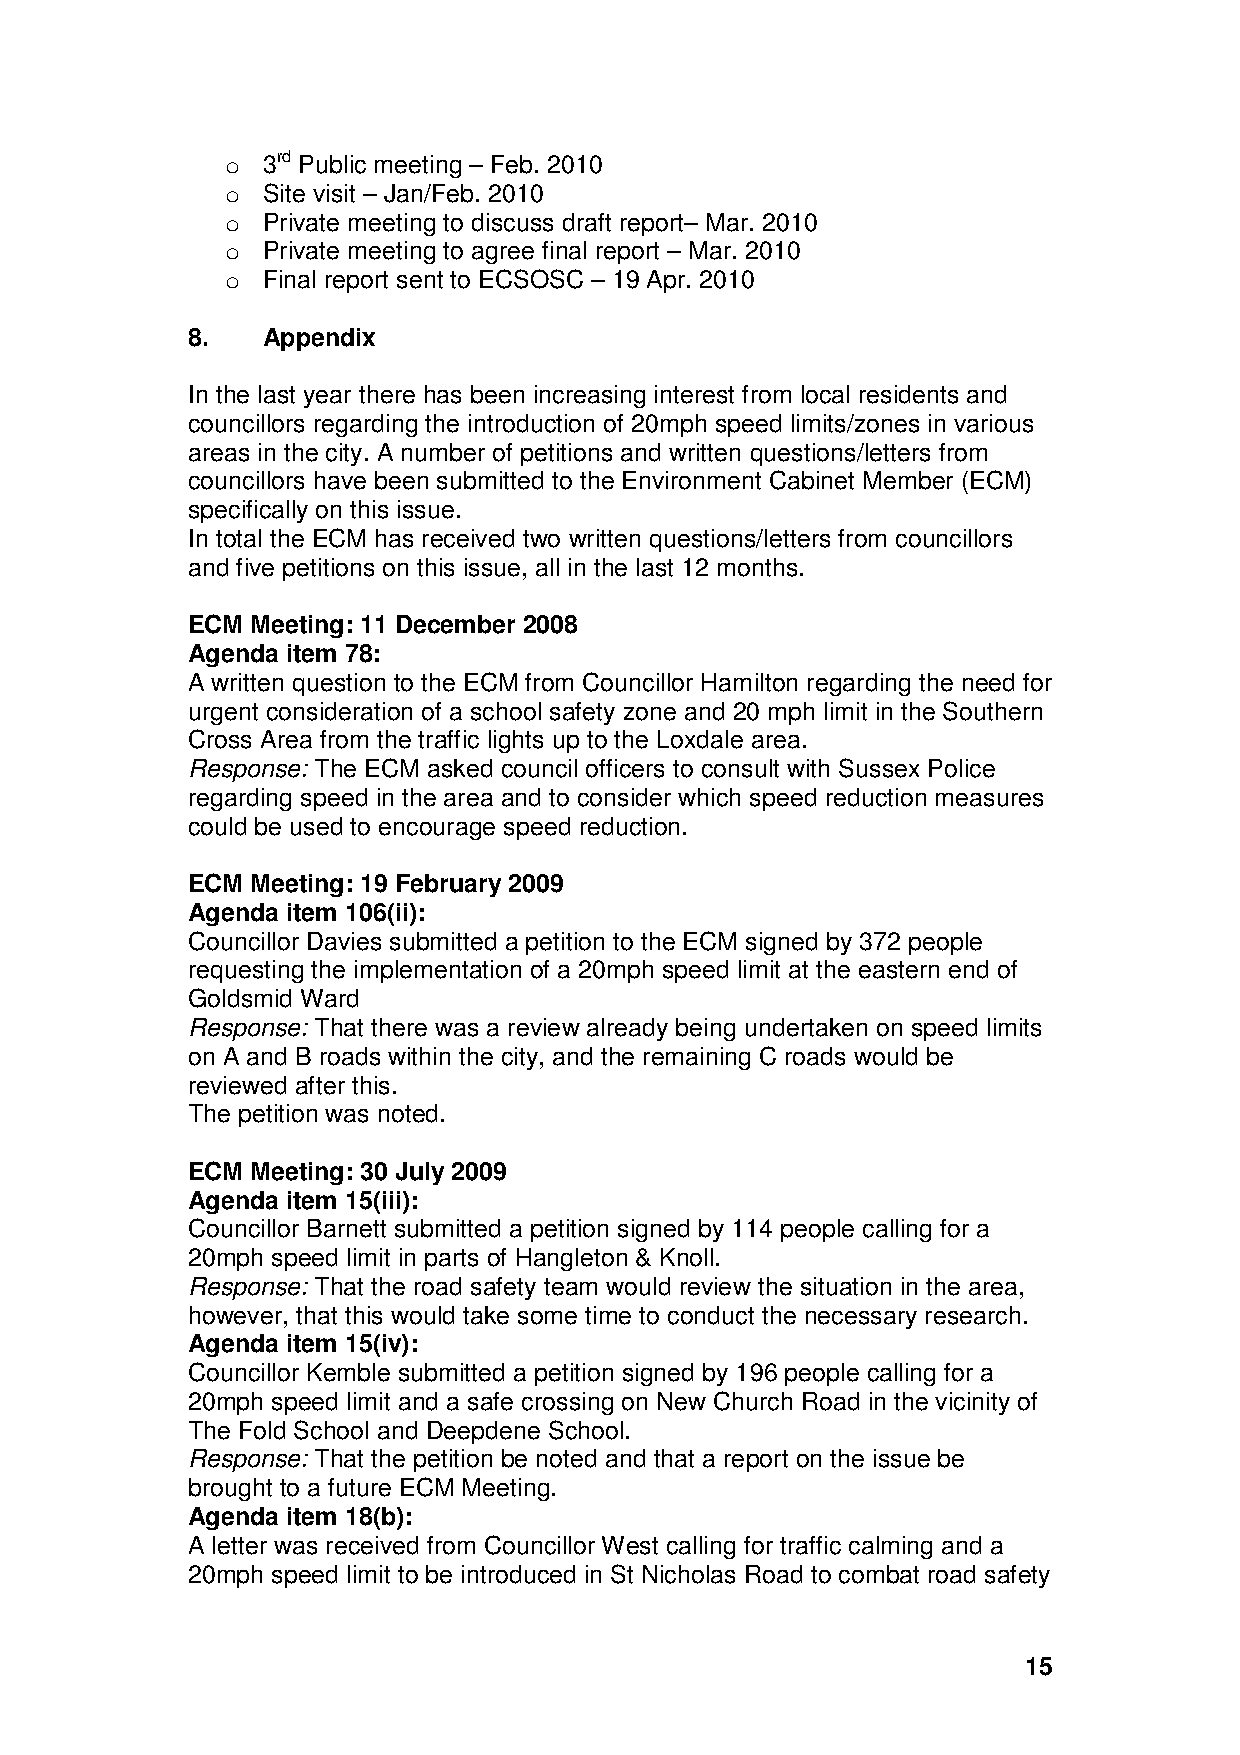
o 3rd Public meeting – Feb. 2010
 o Site visit – Jan/Feb. 2010
 o Private meeting to discuss draft report– Mar. 2010
 o Private meeting to agree final report – Mar. 2010
 o Final report sent to ECSOSC – 19 Apr. 2010
 8.   Appendix
 In the last year there has been increasing interest from local residents and
 councillors regarding the introduction of 20mph speed limits/zones in various
 areas in the city. A number of petitions and written questions/letters from
 councillors have been submitted to the Environment Cabinet Member (ECM)
 specifically on this issue.
 In total the ECM has received two written questions/letters from councillors
 and five petitions on this issue, all in the last 12 months.
 ECM  Meeting: 11 December 2008
 Agenda item 78:
 A written question to the ECM from Councillor Hamilton regarding the need for
 urgent consideration of a school safety zone and 20 mph limit in the Southern
 Cross Area from the traffic lights up to the Loxdale area.
 Response: The ECM asked council officers to consult with Sussex Police
 regarding speed in the area and to consider which speed reduction measures
 could be used to encourage speed reduction.
 ECM  Meeting: 19 February 2009
 Agenda item 106(ii):
 Councillor Davies submitted a petition to the ECM signed by 372 people
 requesting the implementation of a 20mph speed limit at the eastern end of
 Goldsmid Ward
 Response: That there was a review already being undertaken on speed limits
 on A and B roads within the city, and the remaining C roads would be
 reviewed after this.
 The petition was noted.
 ECM  Meeting: 30 July 2009
 Agenda item 15(iii):
 Councillor Barnett submitted a petition signed by 114 people calling for a
 20mph speed limit in parts of Hangleton & Knoll.
 Response: That the road safety team would review the situation in the area,
 however, that this would take some time to conduct the necessary research.
 Agenda item 15(iv):
 Councillor Kemble submitted a petition signed by 196 people calling for a
 20mph speed limit and a safe crossing on New Church Road in the vicinity of
 The Fold School and Deepdene School.
 Response: That the petition be noted and that a report on the issue be
 brought to a future ECM Meeting.
 Agenda item 18(b):
 A letter was received from Councillor West calling for traffic calming and a
 20mph speed limit to be introduced in St Nicholas Road to combat road safety
 15